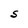
Character: S